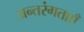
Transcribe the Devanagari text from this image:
अन्तरंगताएँ